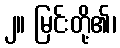
၂။ မြင်းတို့၏၊